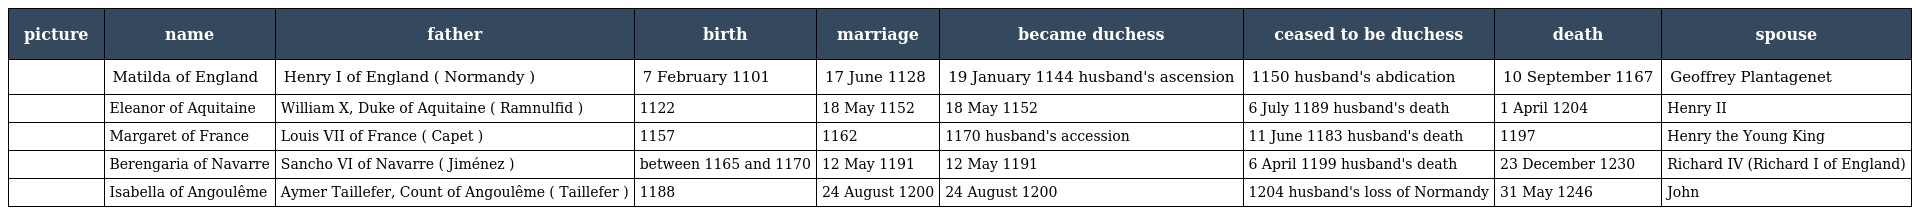
| picture | name | father | birth | marriage | became duchess | ceased to be duchess | death | spouse |
 | --- | --- | --- | --- | --- | --- | --- | --- | --- |
 |  | Matilda of England | Henry I of England ( Normandy ) | 7 February 1101 | 17 June 1128 | 19 January 1144 husband's ascension | 1150 husband's abdication | 10 September 1167 | Geoffrey Plantagenet |
 |  | Eleanor of Aquitaine | William X, Duke of Aquitaine ( Ramnulfid ) | 1122 | 18 May 1152 | 18 May 1152 | 6 July 1189 husband's death | 1 April 1204 | Henry II |
 |  | Margaret of France | Louis VII of France ( Capet ) | 1157 | 1162 | 1170 husband's accession | 11 June 1183 husband's death | 1197 | Henry the Young King |
 |  | Berengaria of Navarre | Sancho VI of Navarre ( Jiménez ) | between 1165 and 1170 | 12 May 1191 | 12 May 1191 | 6 April 1199 husband's death | 23 December 1230 | Richard IV (Richard I of England) |
 |  | Isabella of Angoulême | Aymer Taillefer, Count of Angoulême ( Taillefer ) | 1188 | 24 August 1200 | 24 August 1200 | 1204 husband's loss of Normandy | 31 May 1246 | John |